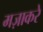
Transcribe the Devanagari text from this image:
मज़ाकरे